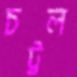
চট্টল